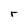
Character: r